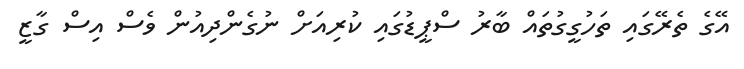
އޭގެ ތެރޭގައި ތަހުގީގުތައް ބާރު ސްޕީޑުގައި ކުރިއަށް ނުގެންދިއުން ވެސް އިސް ގާޒީ